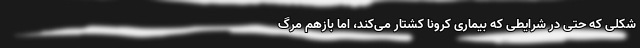
شکلی که حتی در شرایطی که بیماری‌ کرونا کشتار می‌کند، اما بازهم مرگ